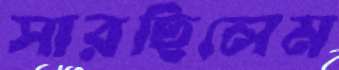
সারছিলেম